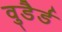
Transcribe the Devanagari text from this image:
वुडैर्ड